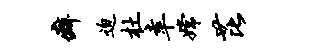
癖迫杜幸嫦芘